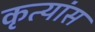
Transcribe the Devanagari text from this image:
कृत्यांस